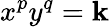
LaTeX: x^{p}y^{q}=\mathbf{k}